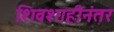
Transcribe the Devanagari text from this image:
शिवशाहीनंतर